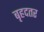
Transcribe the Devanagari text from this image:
बृहदतर